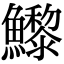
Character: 𩼽